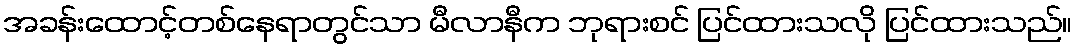
အခန်းထောင့်တစ်နေရာတွင်သာ မီလာနီက ဘုရားစင် ပြင်ထားသလို ပြင်ထားသည်။